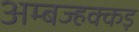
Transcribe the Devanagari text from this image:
अम्बज्हक्कड़